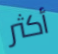
أكثر